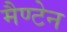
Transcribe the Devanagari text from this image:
मैण्टेन